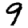
Digit: 9